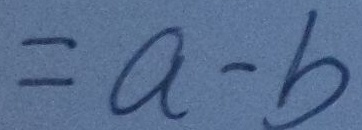
= a - b